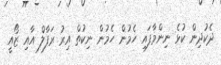
ދެކުދިން ކުޅެ ނިންމާފައި ހެމުން ހެމުން ނިކުތް އިރު ރަފާލް އާއި ޒޯއީ